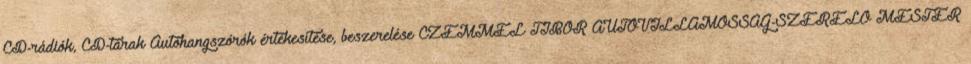
CD-rádiók, CD-tárak Autóhangszórók értékesítése, beszerelése CZEMMEL TIBOR AUTÓVILLAMOSSÁG-SZERELÕ MESTER